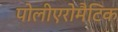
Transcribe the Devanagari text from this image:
पोलीएरोमैटिक